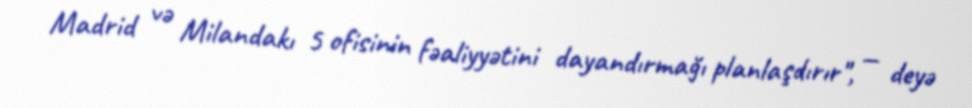
Madrid və Milandakı 5 ofisinin fəaliyyətini dayandırmağı planlaşdırır", — deyə